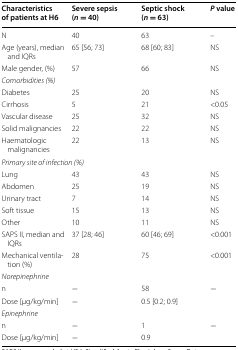
<table><thead><tr><td><b>Characteristics of patients at H6</b></td><td><b>Severe sepsis (<i>n</i> = 40)</b></td><td><b>Septic shock (<i>n</i> = 63)</b></td><td><b><i>P</i> value</b></td></tr></thead><tbody><tr><td>N</td><td>40</td><td>63</td><td>–</td></tr><tr><td>Age (years), median and IQRs</td><td>65 [56; 73]</td><td>68 [60; 83]</td><td>NS</td></tr><tr><td>Male gender, (%)</td><td>57</td><td>66</td><td>NS</td></tr><tr><td colspan="4"><i>Comorbidities (%)</i></td></tr><tr><td>Diabetes</td><td>25</td><td>20</td><td>NS</td></tr><tr><td>Cirrhosis</td><td>5</td><td>21</td><td>&lt;0.05</td></tr><tr><td>Vascular disease</td><td>25</td><td>32</td><td>NS</td></tr><tr><td>Solid malignancies</td><td>22</td><td>22</td><td>NS</td></tr><tr><td>Haematologic malignancies</td><td>22</td><td>13</td><td>NS</td></tr><tr><td colspan="4"><i>Primary site of infection (%)</i></td></tr><tr><td>Lung</td><td>43</td><td>43</td><td>NS</td></tr><tr><td>Abdomen</td><td>25</td><td>19</td><td>NS</td></tr><tr><td>Urinary tract</td><td>7</td><td>14</td><td>NS</td></tr><tr><td>Soft tissue</td><td>15</td><td>13</td><td>NS</td></tr><tr><td>Other</td><td>10</td><td>11</td><td>NS</td></tr><tr><td>SAPS II, median and IQRs</td><td>37 [28; 46]</td><td>60 [46; 69]</td><td>&lt;0.001</td></tr><tr><td>Mechanical ventilation (%)</td><td>28</td><td>75</td><td>&lt;0.001</td></tr><tr><td colspan="4"><i>Norepinephrine</i></td></tr><tr><td>n</td><td>−</td><td>58</td><td>−</td></tr><tr><td>Dose [μg/kg/min]</td><td>−</td><td>0.5 [0.2; 0.9]</td><td></td></tr><tr><td colspan="4"><i>Epinephrine</i></td></tr><tr><td>n</td><td>−</td><td>1</td><td>−</td></tr><tr><td>Dose [μg/kg/min]</td><td>−</td><td>0.9</td><td></td></tr></tbody></table>